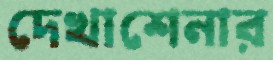
দেখাশেনার